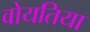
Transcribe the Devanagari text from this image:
वोयतिया